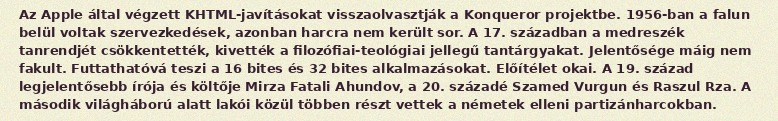
Az Apple által végzett KHTML-javításokat visszaolvasztják a Konqueror projektbe. 1956-ban a falun belül voltak szervezkedések, azonban harcra nem került sor. A 17. században a medreszék tanrendjét csökkentették, kivették a filozófiai-teológiai jellegű tantárgyakat. Jelentősége máig nem fakult. Futtathatóvá teszi a 16 bites és 32 bites alkalmazásokat. Előítélet okai. A 19. század legjelentősebb írója és költője Mirza Fatali Ahundov, a 20. századé Szamed Vurgun és Raszul Rza. A második világháború alatt lakói közül többen részt vettek a németek elleni partizánharcokban.